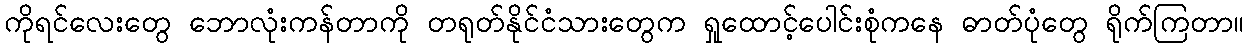
ကိုရင်လေးတွေ ဘောလုံးကန်တာကို တရုတ်နိုင်ငံသားတွေက ရှုထောင့်ပေါင်းစုံကနေ ဓာတ်ပုံတွေ ရိုက်ကြတာ။